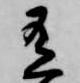
有